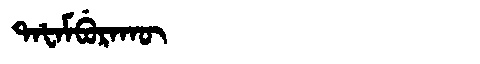
Manchu: ᡨᠠᡶᠠᠮᠪᡠᡵᠠᡴᡡ
Romanization: TAFAMBURAKŪ